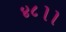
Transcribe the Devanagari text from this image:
४८।।